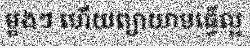
ម្តងៗ ហើយព្យាយាមធ្វើល្អ